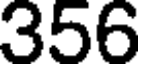
356